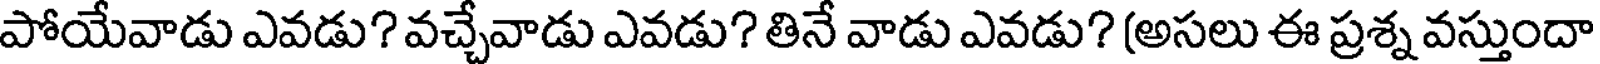
పోయేవాడు ఎవడు? వచ్చేవాడు ఎవడు? తినే వాడు ఎవడు? (అసలు ఈ ప్రశ్న వస్తుందా